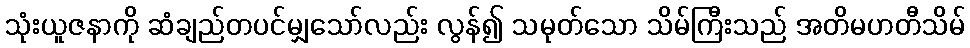
သုံးယူဇနာကို ဆံချည်တပင်မျှသော်လည်း လွန်၍ သမုတ်သော သိမ်ကြီးသည် အတိမဟတီသိမ်